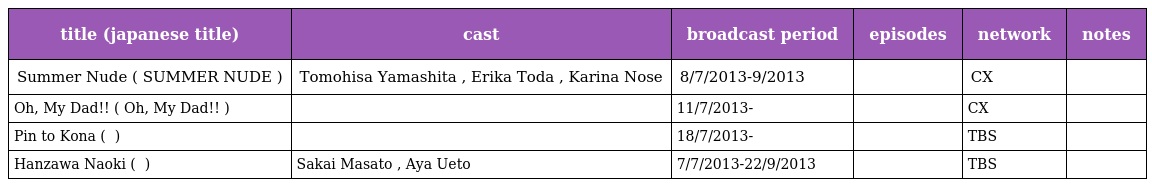
| title (japanese title) | cast | broadcast period | episodes | network | notes |
 | --- | --- | --- | --- | --- | --- |
 | Summer Nude ( SUMMER NUDE ) | Tomohisa Yamashita , Erika Toda , Karina Nose | 8/7/2013-9/2013 |  | CX |  |
 | Oh, My Dad!! ( Oh, My Dad!! ) |  | 11/7/2013- |  | CX |  |
 | Pin to Kona ( ぴんとこな ) |  | 18/7/2013- |  | TBS |  |
 | Hanzawa Naoki ( 半沢直樹 ) | Sakai Masato , Aya Ueto | 7/7/2013-22/9/2013 |  | TBS |  |